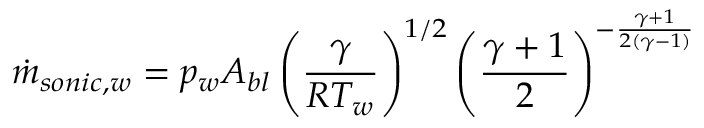
\dot { m } _ { s o n i c , w } = p _ { w } A _ { b l } \left( \frac { \gamma } { R T _ { w } } \right) ^ { 1 / 2 } \left( \frac { \gamma + 1 } { 2 } \right) ^ { - \frac { \gamma + 1 } { 2 ( \gamma - 1 ) } }